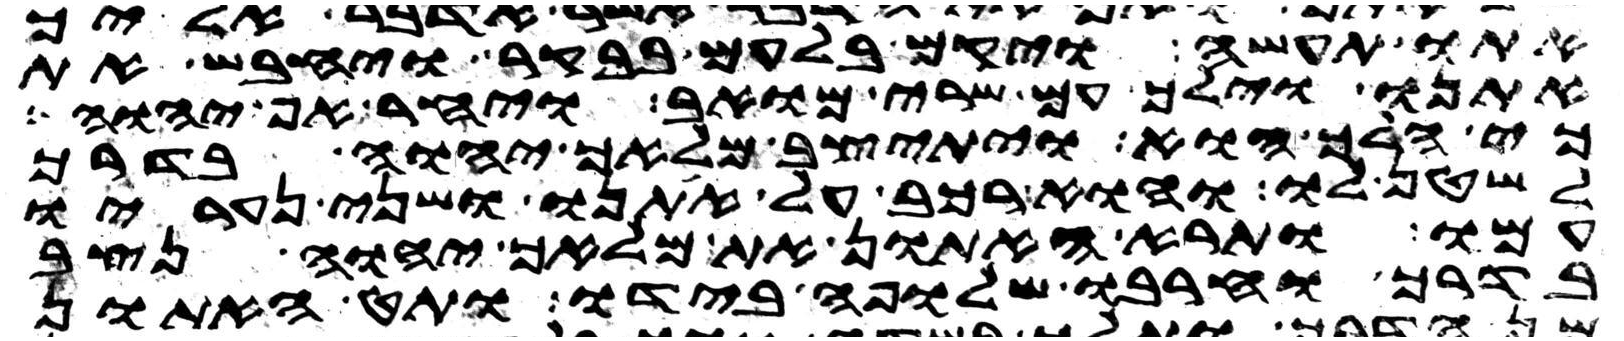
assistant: אתו תעשה ויקם בלעם בבקר ויחבש את
אתנו וילך עם שרי מואב ויחר אף יהוה
כי הלך הוא ויתיצב מלאך יהוה בדרך
לשטן לו והוא רכב על אתנו ושני נעריו
עמו ותרא האתון את מלאך יהוה נצב
בדרך וחרבו שלופה בידו ותט האתון